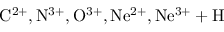
\mathrm { C ^ { 2 + } , N ^ { 3 + } , O ^ { 3 + } , N e ^ { 2 + } , N e ^ { 3 + } + H }